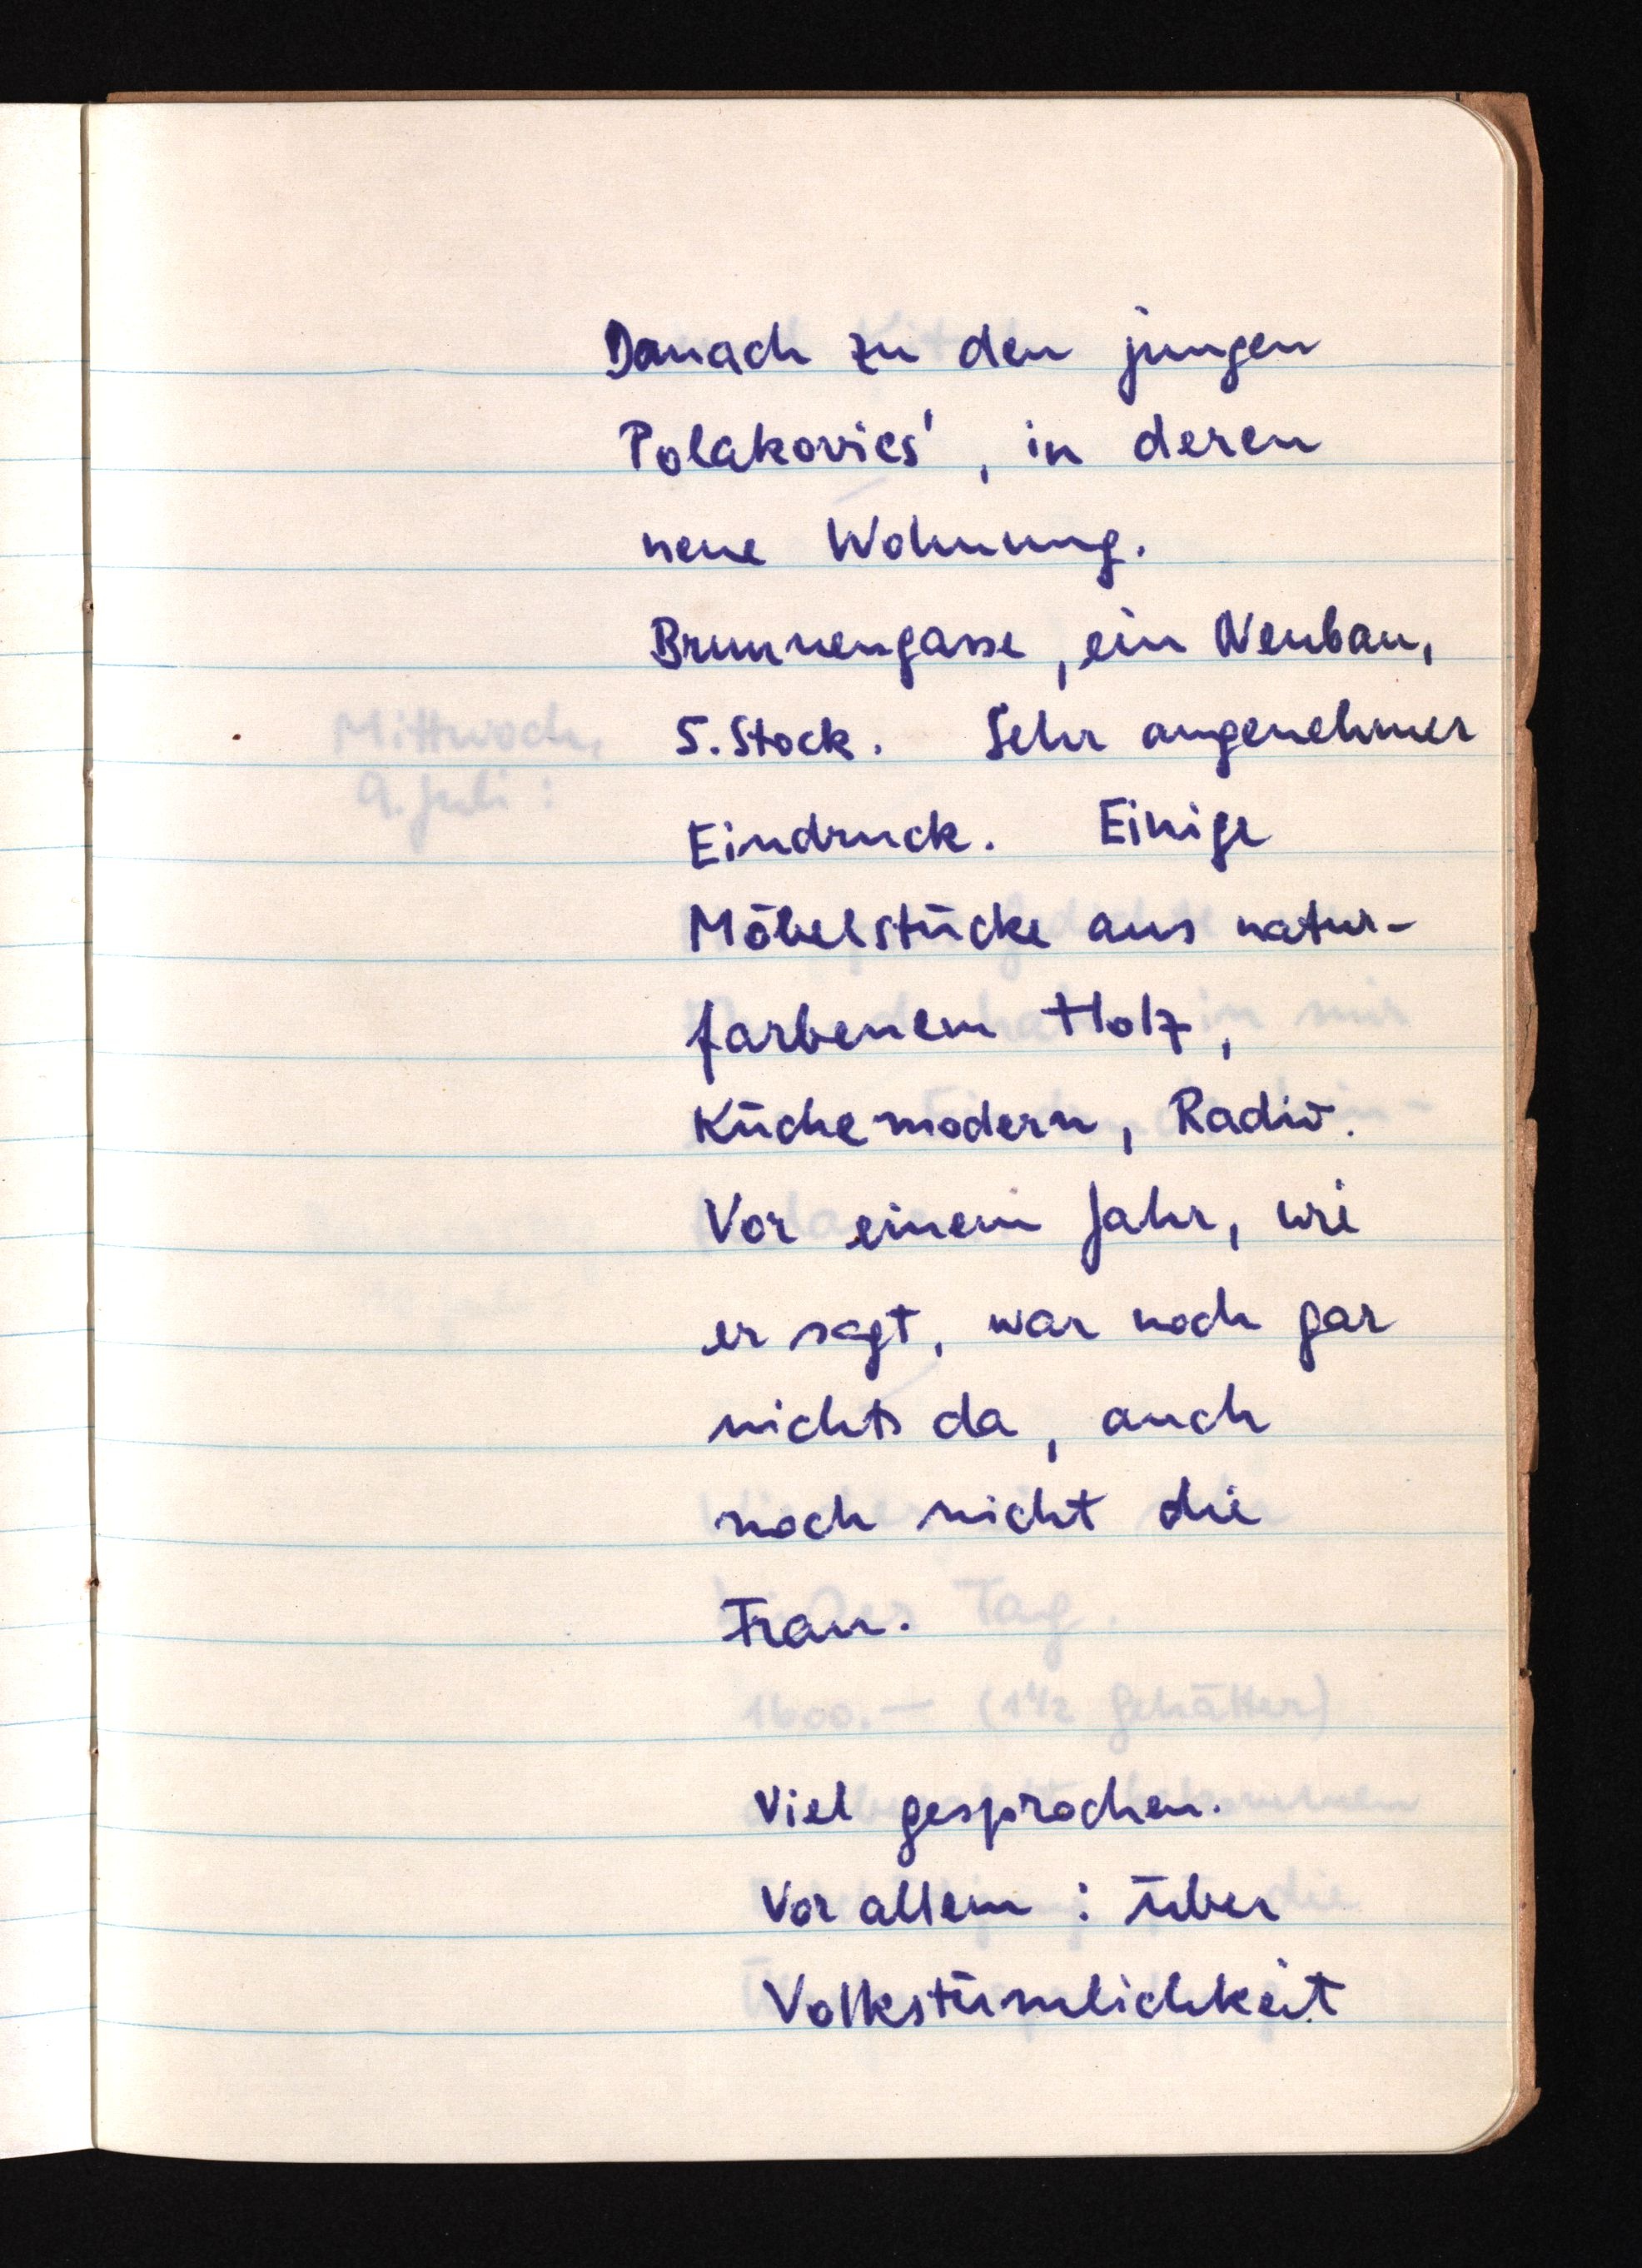
Danach zu den jungen
Polakovics', in deren
neue Wohnung.
Brunnengasse, ein Neubau,
5. Stock. Sehr angenehmer
Eindruck. Einige
Möbelstücke aus natur¬
farbenem Holz,
Küche modern, Radio.
Vor einem Jahr, wie
er sagt, war noch gar
nichts da, auch
noch nicht die
Frau.
Viel gesprochen.
Vor allem: über
Volkstümlichkeit